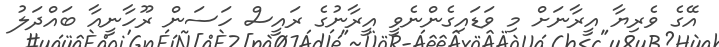
އޭގެ ވެރިޔާ އީރާނަށް މި ވަޑައިގެންނެވީ އީރާނުގެ ރައީސް ހަސަން ރޫހާނީއާ ބައްދަލު